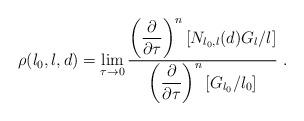
LaTeX: \begin{align*}\rho(l_0,l,d) = \lim_{\tau\to 0}{\displaystyle{\left({\partial \over \partial \tau} \right)^n \left[ N_{l_0,l}(d) G_l/l \right]} \over \displaystyle{\left({\partial \over \partial \tau} \right)^n \left[ G_{l_0}/l_0 \right]} }\ . \end{align*}